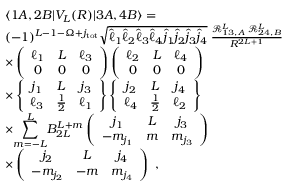
\begin{array} { r l } & { \langle 1 A , 2 B | V _ { L } ( R ) | 3 A , 4 B \rangle = } \\ & { ( - 1 ) ^ { L - 1 - \Omega + j _ { \mathrm { t o t } } } \sqrt { \hat { \ell } _ { 1 } \hat { \ell } _ { 2 } \hat { \ell } _ { 3 } \hat { \ell } _ { 4 } \hat { j } _ { 1 } \hat { j } _ { 2 } \hat { j } _ { 3 } \hat { j } _ { 4 } } \; \frac { \mathcal { R } _ { 1 3 , A } ^ { L } \; \mathcal { R } _ { 2 4 , B } ^ { L } } { R ^ { 2 L + 1 } } } \\ & { \times \left( \begin{array} { c c c } { \ell _ { 1 } } & { L } & { \ell _ { 3 } } \\ { 0 } & { 0 } & { 0 } \end{array} \right) \left( \begin{array} { c c c } { \ell _ { 2 } } & { L } & { \ell _ { 4 } } \\ { 0 } & { 0 } & { 0 } \end{array} \right) } \\ & { \times \left\{ \begin{array} { c c c } { j _ { 1 } } & { L } & { j _ { 3 } } \\ { \ell _ { 3 } } & { \frac { 1 } { 2 } } & { \ell _ { 1 } } \end{array} \right\} \left\{ \begin{array} { c c c } { j _ { 2 } } & { L } & { j _ { 4 } } \\ { \ell _ { 4 } } & { \frac { 1 } { 2 } } & { \ell _ { 2 } } \end{array} \right\} } \\ & { \times { \displaystyle \sum _ { m = - L } ^ { L } } B _ { 2 L } ^ { L + m } \left( \begin{array} { c c c } { j _ { 1 } } & { L } & { j _ { 3 } } \\ { - m _ { j _ { 1 } } } & { m } & { m _ { j _ { 3 } } } \end{array} \right) } \\ & { \times \left( \begin{array} { c c c } { j _ { 2 } } & { L } & { j _ { 4 } } \\ { - m _ { j _ { 2 } } } & { - m } & { m _ { j _ { 4 } } } \end{array} \right) \, \, , } \end{array}